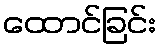
ထောင်ခြင်း